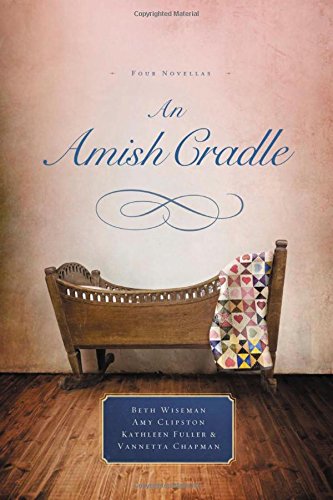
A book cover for An Amish Cradle; Beth Wiseman; Romance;